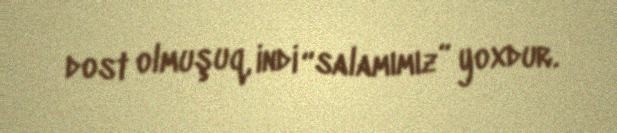
dost olmuşuq, indi “salamımız” yoxdur.